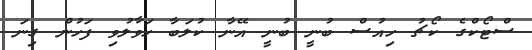
ސްޓޯކްގެ ކޯޗު ހިއުސް ބުނީ ބުނީ އޭނާ ކުލަބާ ހަވާލުވި ފަހުން ގިނަ